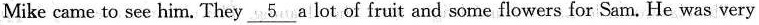
Mike came to see him. They \underline{ 5 } a lot of fruit and some flowers for Sam. He was very